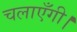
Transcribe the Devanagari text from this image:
चलाएँगी।